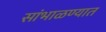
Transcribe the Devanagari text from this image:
सांभाळण्यात